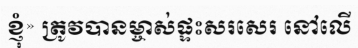
ខ្ញុំ» ត្រូវបានម្ចាស់ផ្ទះសរសេរ នៅលើ